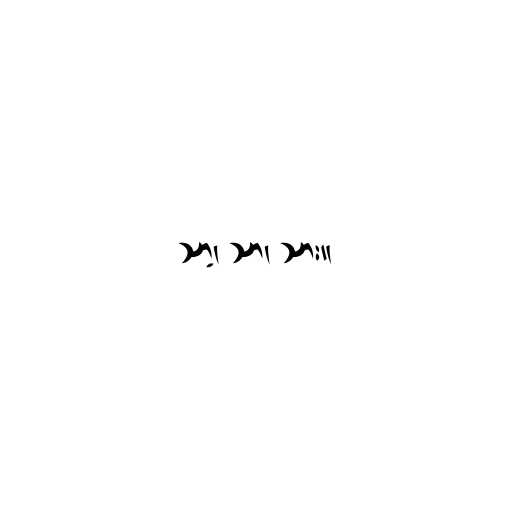
သာ့၊ သာ၊ သား။